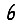
Digit: 6